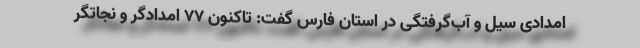
امدادی سیل و آب‌گرفتگی در استان فارس گفت: تاکنون ۷۷ امدادگر و نجاتگر